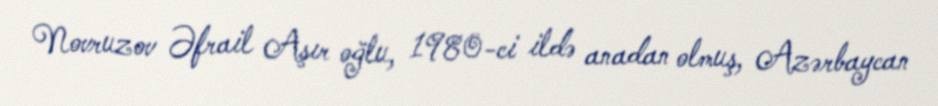
Novruzov Əfrail Aşır oğlu, 1980-ci ildə anadan olmuş, Azərbaycan